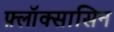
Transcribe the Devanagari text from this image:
फ़्लॉक्सासिन